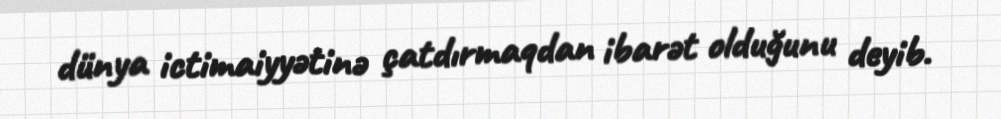
dünya ictimaiyyətinə çatdırmaqdan ibarət olduğunu deyib.